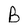
Character: B